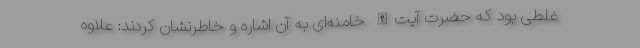
غلطی بود که حضرت آیت‌الله خامنه‌ای به آن اشاره و خاطرنشان کردند: علاوه